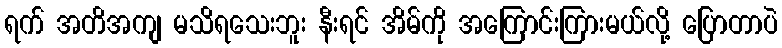
ရက် အတိအကျ မသိရသေးဘူး နီးရင် အိမ်ကို အကြောင်းကြားမယ်လို့ ပြောတာပဲ